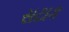
સટાક